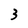
Character: 3